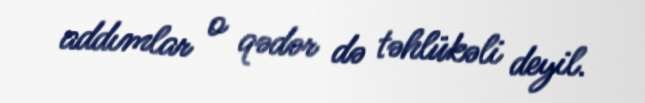
addımlar o qədər də təhlükəli deyil.